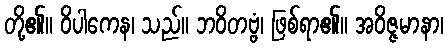
တို့၏။ ဝိပါကေန၊ သည်။ ဘဝိတဗ္ဗံ၊ ဖြစ်ရာ၏။ အဝိဇ္ဇမာနာ၊